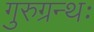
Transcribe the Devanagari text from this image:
गुरुग्रन्थः